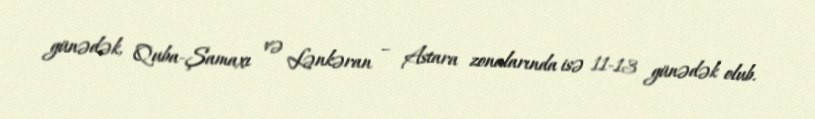
günədək, Quba-Şamaxı və Lənkəran – Astara zonalarında isə 11-13 günədək olub.